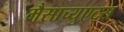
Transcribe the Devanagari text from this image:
मैसाच्युएट्स